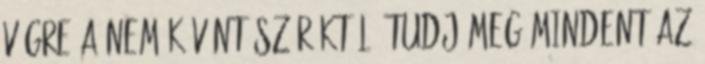
végre a nem kívánt szőröktől. Tudj meg mindent az